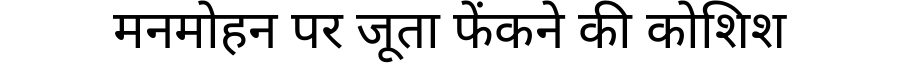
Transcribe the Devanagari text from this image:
मनमोहन पर जूता फेंकने की कोशिश